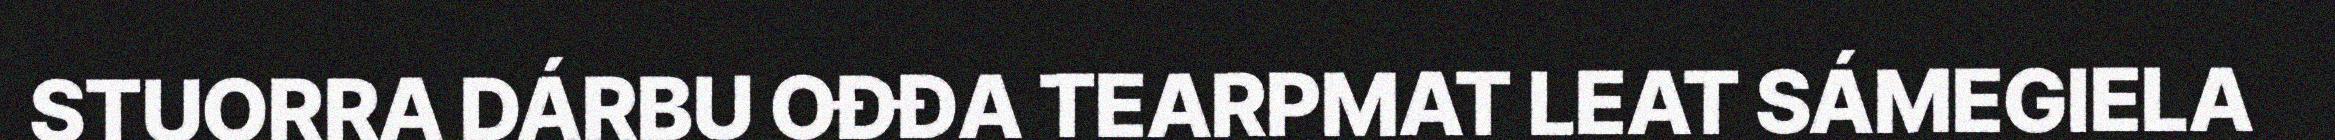
STUORRA DÁRBU OĐĐA TEARPMAT LEAT SÁMEGIELA